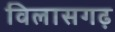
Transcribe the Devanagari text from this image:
विलासगढ़